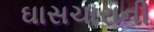
ઘાસચારાની